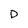
Character: D